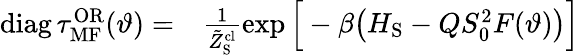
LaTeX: \begin{array}{rl}{\mathrm{diag}\, \tau_{\mathrm{MF}}^{\mathrm{OR}}(\vartheta)=}&{{}\frac{1}{\tilde{Z}_{\mathrm{S}}^{\mathrm{cl}}}\exp\Big[-\beta\big(H_{\mathrm{S}}-QS_{0}^{2}F(\vartheta)\big)\Big]}\end{array}